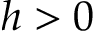
h > 0